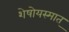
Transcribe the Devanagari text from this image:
शेषोयस्मात्